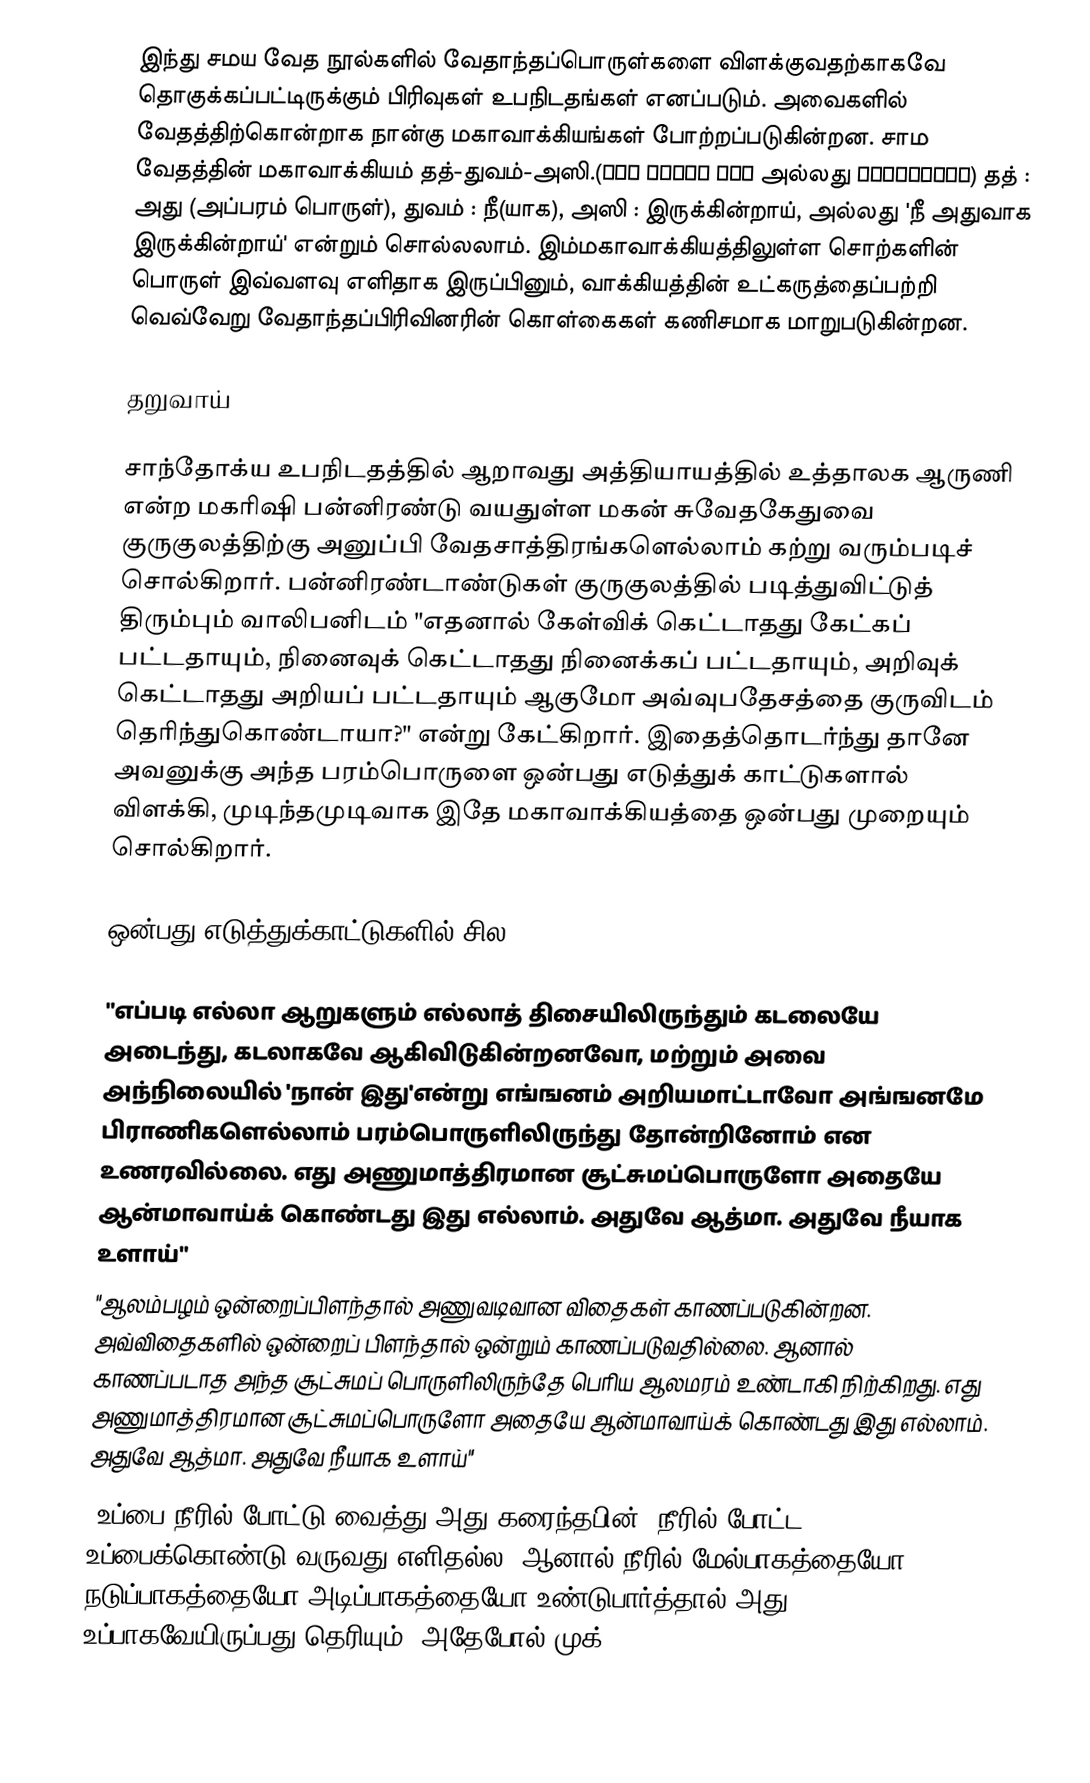
இந்து சமய வேத நூல்களில் வேதாந்தப்பொருள்களை விளக்குவதற்காகவே தொகுக்கப்பட்டிருக்கும் பிரிவுகள் உபநிடதங்கள் எனப்படும். அவைகளில் வேதத்திற்கொன்றாக நான்கு மகாவாக்கியங்கள் போற்றப்படுகின்றன. சாம வேதத்தின் மகாவாக்கியம் தத்-துவம்-அஸி.(तत् त्वम् असि அல்லது तत्त्वमसि) தத் : அது (அப்பரம் பொருள்), துவம் : நீ(யாக), அஸி : இருக்கின்றாய், அல்லது 'நீ அதுவாக இருக்கின்றாய்' என்றும் சொல்லலாம்.  இம்மகாவாக்கியத்திலுள்ள சொற்களின் பொருள் இவ்வளவு எளிதாக இருப்பினும், வாக்கியத்தின் உட்கருத்தைப்பற்றி வெவ்வேறு வேதாந்தப்பிரிவினரின் கொள்கைகள் கணிசமாக மாறுபடுகின்றன.

தறுவாய்

சாந்தோக்ய உபநிடதத்தில் ஆறாவது அத்தியாயத்தில் உத்தாலக ஆருணி என்ற மகரிஷி  பன்னிரண்டு வயதுள்ள மகன் சுவேதகேதுவை குருகுலத்திற்கு அனுப்பி வேதசாத்திரங்களெல்லாம் கற்று வரும்படிச் சொல்கிறார். பன்னிரண்டாண்டுகள் குருகுலத்தில் படித்துவிட்டுத் திரும்பும் வாலிபனிடம் "எதனால் கேள்விக் கெட்டாதது கேட்கப் பட்டதாயும், நினைவுக் கெட்டாதது நினைக்கப் பட்டதாயும், அறிவுக் கெட்டாதது அறியப் பட்டதாயும் ஆகுமோ அவ்வுபதேசத்தை குருவிடம் தெரிந்துகொண்டாயா?" என்று கேட்கிறார். இதைத்தொடர்ந்து  தானே அவனுக்கு அந்த பரம்பொருளை ஒன்பது எடுத்துக் காட்டுகளால் விளக்கி, முடிந்தமுடிவாக இதே மகாவாக்கியத்தை ஒன்பது முறையும் சொல்கிறார்.

ஒன்பது எடுத்துக்காட்டுகளில் சில

"எப்படி எல்லா ஆறுகளும் எல்லாத் திசையிலிருந்தும் கடலையே அடைந்து, கடலாகவே ஆகிவிடுகின்றனவோ, மற்றும் அவை அந்நிலையில் 'நான் இது'என்று எங்ஙனம் அறியமாட்டாவோ அங்ஙனமே பிராணிகளெல்லாம் பரம்பொருளிலிருந்து தோன்றினோம் என உணரவில்லை. எது அணுமாத்திரமான சூட்சுமப்பொருளோ அதையே ஆன்மாவாய்க் கொண்டது இது எல்லாம். அதுவே ஆத்மா. அதுவே நீயாக உளாய்"
"ஆலம்பழம் ஒன்றைப்பிளந்தால் அணுவடிவான விதைகள் காணப்படுகின்றன. அவ்விதைகளில் ஒன்றைப் பிளந்தால் ஒன்றும் காணப்படுவதில்லை. ஆனால் காணப்படாத அந்த சூட்சுமப் பொருளிலிருந்தே பெரிய ஆலமரம் உண்டாகி நிற்கிறது. எது அணுமாத்திரமான சூட்சுமப்பொருளோ அதையே ஆன்மாவாய்க் கொண்டது இது எல்லாம். அதுவே ஆத்மா. அதுவே நீயாக உளாய்"
"உப்பை நீரில் போட்டு வைத்து அது கரைந்தபின், நீரில் போட்ட உப்பைக்கொண்டு வருவது எளிதல்ல. ஆனால் நீரில் மேல்பாகத்தையோ நடுப்பாகத்தையோ அடிப்பாகத்தையோ உண்டுபார்த்தால் அது உப்பாகவேயிருப்பது தெரியும். அதேபோல் முக்